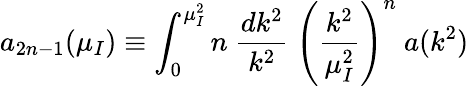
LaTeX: a_{2n-1}(\mu_{I})\equiv\int_{0}^{\mu_{I}^{2}}n\ {\frac{dk^{2}}{k^{2}}}\ \left({\frac{k^{2}}{\mu_{I}^{2}}}\right)^{n}\ a(k^{2})